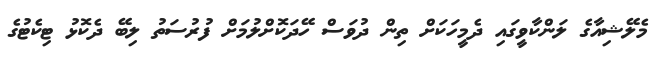
މެލޭޝިއާގެ ލަންކާވީގައި ދެމީހަކަށް ތިން ދުވަސް ހޭދަކޮށްލުމަށް ފުރުސަތު ލިބޭ ދެކޮޅު ޓިކެޓުގެ